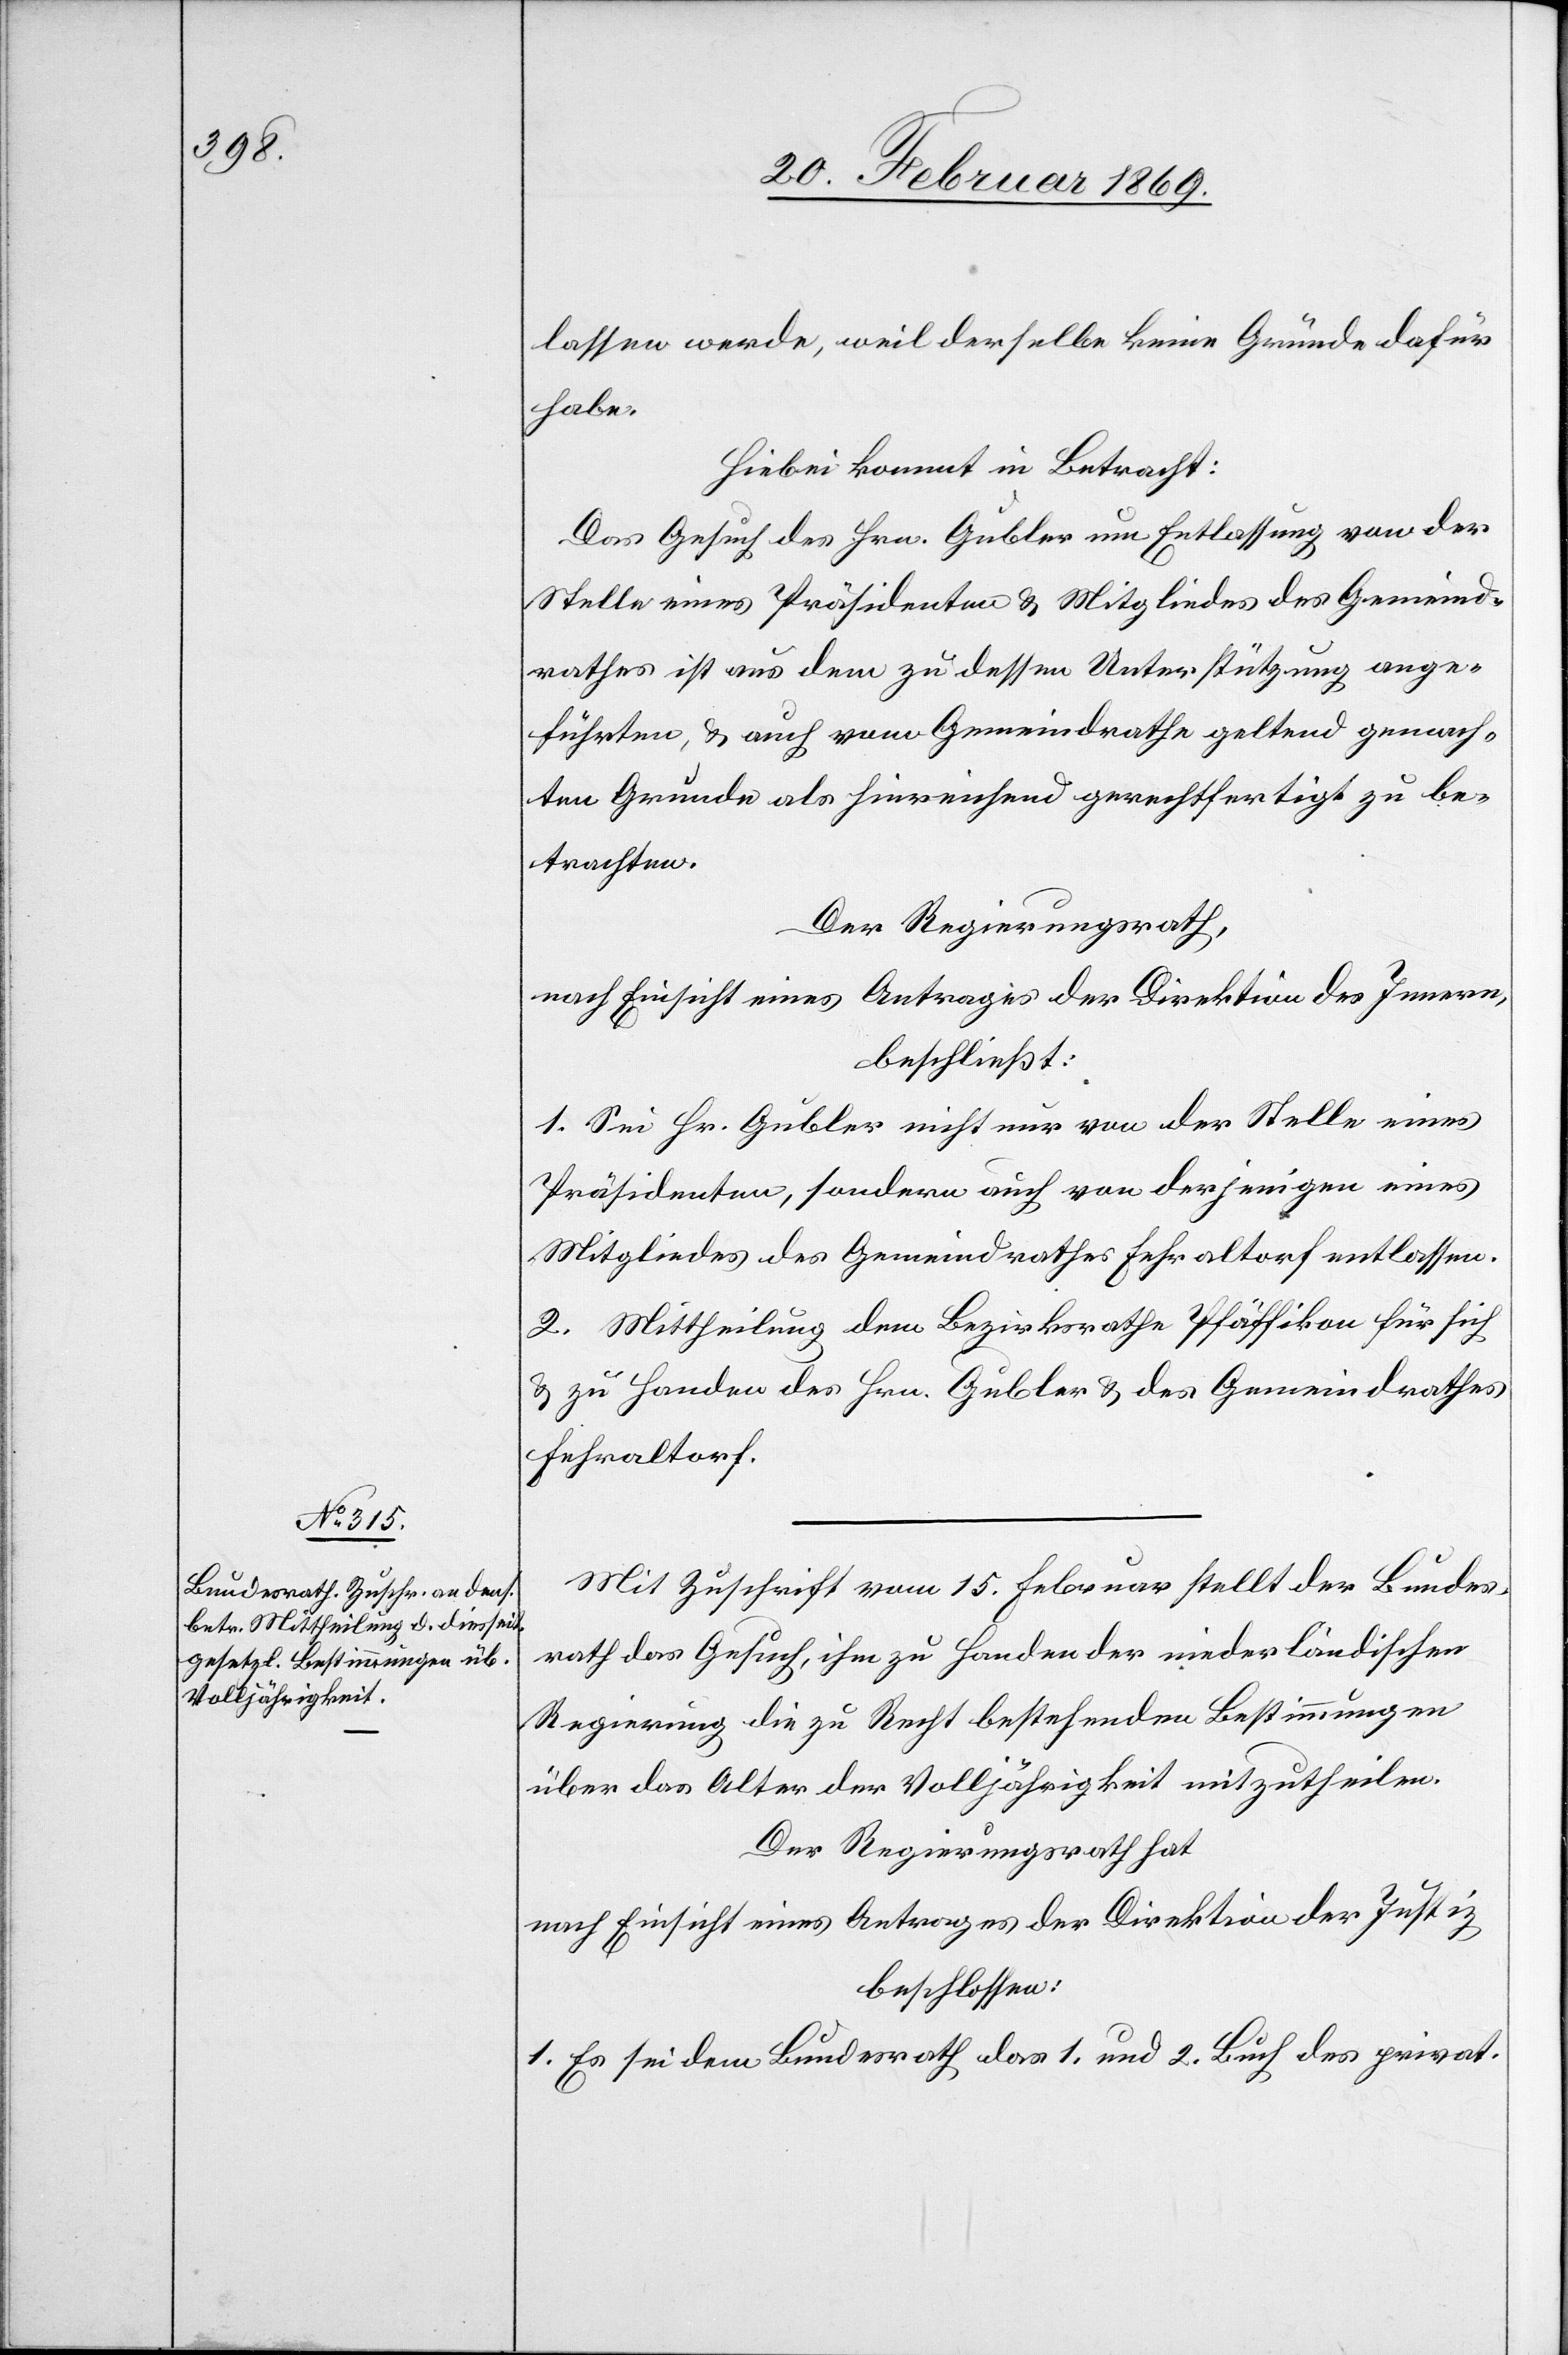
lassen werde, weil derselbe keine Gründe dafür
habe.
Hiebei kommt in Betracht:
Das Gesuch des Hrn. Gubler um Entlassung von der
Stelle eines Präsidenten & Mitgliedes des Gemeind¬
rathes ist aus dem zu dessen Unterstützung ge¬
machten Grunde als hinreichend gerechtfertigt zu be¬
trachten.
Der Regierungsrath,
nach Einsicht eines Antrages der Direktion des Innern,
beschließt:
1. Sei Hr. Gubler nicht nur von der Stelle eines
Präsidenten, sondern auch von derjenigen eines
Mitgliedes des Gemeindrathes Fehraltorf entlassen.
2. Mittheilung dem Bezirksrathe Pfäffikon für sich
& zu Handen des Hrn. Gubler & des Gemeindrathes
Fehraltorf.
Mit Zuschrift vom 15. Februar stellt der Bundes¬
rath das Gesuch, ihm zu Handen der niederländischen
Regierung die zu Recht bestehenden Bestimmungen
über das Alter der Volljährigkeit mitzutheilen.
Der Regierungsrath hat
nach Einsicht eines Antrages der Direktion der Justiz,
beschlossen:
1. Es sei dem Bundesrath das 1. und 2. Buch des privat.